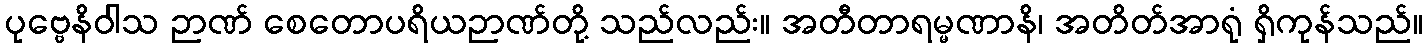
ပုဗ္ဗေနိဝါသ ဉာဏ် စေတောပရိယဉာဏ်တို့ သည်လည်း။ အတီတာရမ္မဏာနိ၊ အတိတ်အာရုံ ရှိကုန်သည်။